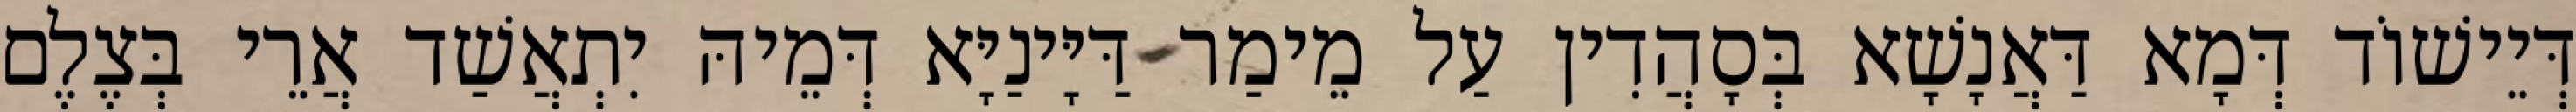
דְּיֵישׁוֹד דְּמָא דַּאֲנָשָׁא בְּסָהֲדִין עַל מֵימַר דַּיָּינַיָּא דְּמֵיהּ יִתְאֲשַׁד אֲרֵי בְּצֶלֶם